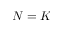
N = K